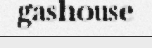
gashouse